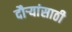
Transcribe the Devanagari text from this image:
दौर्‍यांसाठी